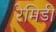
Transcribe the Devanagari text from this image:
रेमिडी